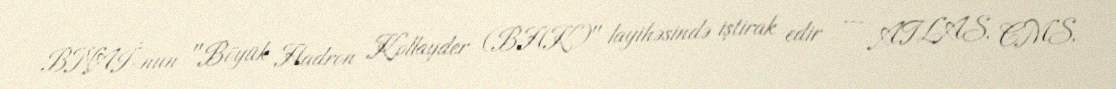
BNAİ-nun "Böyük Hadron Kollayder (BHK)" layihəsində iştirak edir — ATLAS, CMS,